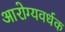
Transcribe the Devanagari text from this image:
आरोग्‍यवर्धक